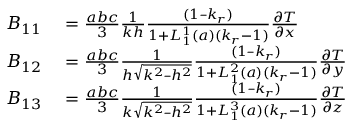
\begin{array} { r l } { B _ { 1 1 } } & { { } = \frac { a b c } { 3 } \frac { 1 } { k h } \frac { ( 1 – k _ { r } ) } { 1 + L _ { 1 } ^ { 1 } ( a ) ( k _ { r } - 1 ) } \frac { \partial T } { \partial x } } \\ { B _ { 1 2 } } & { { } = \frac { a b c } { 3 } \frac { 1 } { h \sqrt { k ^ { 2 } – h ^ { 2 } } } \frac { ( 1 – k _ { r } ) } { 1 + L _ { 1 } ^ { 2 } ( a ) ( k _ { r } - 1 ) } \frac { \partial T } { \partial y } } \\ { B _ { 1 3 } } & { { } = \frac { a b c } { 3 } \frac { 1 } { k \sqrt { k ^ { 2 } – h ^ { 2 } } } \frac { ( 1 – k _ { r } ) } { 1 + L _ { 1 } ^ { 3 } ( a ) ( k _ { r } - 1 ) } \frac { \partial T } { \partial z } } \end{array}